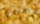
صادقين